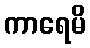
ကာရေမိ